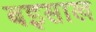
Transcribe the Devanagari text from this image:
बइसाख